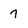
Character: 7